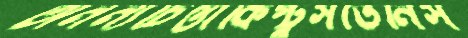
অনন্যচিন্তাকিপ্টুসভেনিস